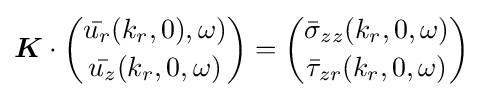
{\boldsymbol {K}}\cdot {\binom {{\bar {u_{r}}}(k_{r},0),\omega )}{{\bar {u_{z}}}(k_{r},0,\omega )}}={\binom {{\bar {\sigma }}_{zz}(k_{r},0,\omega )}{{\bar {\tau }}_{zr}(k_{r},0,\omega )}}